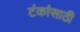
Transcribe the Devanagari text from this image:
टंकांसाठी